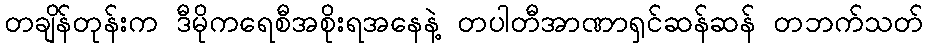
တချိန်တုန်းက ဒီမိုကရေစီအစိုးရအနေနဲ့ တပါတီအာဏာရှင်ဆန်ဆန် တဘက်သတ်